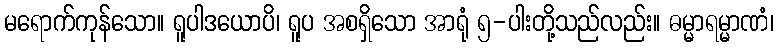
မရောက်ကုန်သော။ ရူပါဒယောပိ၊ ရူပ အစရှိသော အာရုံ ၅-ပါးတို့သည်လည်း။ ဓမ္မာရမ္မာဏံ၊